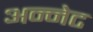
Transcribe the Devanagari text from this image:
अन्नेट